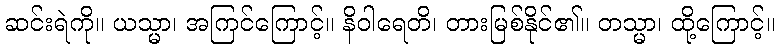
ဆင်းရဲကို။ ယသ္မာ၊ အကြင်ကြောင့်။ နိဝါရေတိ၊ တားမြစ်နိုင်၏။ တသ္မာ၊ ထို့ကြောင့်။